Indian journal of veterinary science and animal husbandry - Volume 10,
Year: 1940
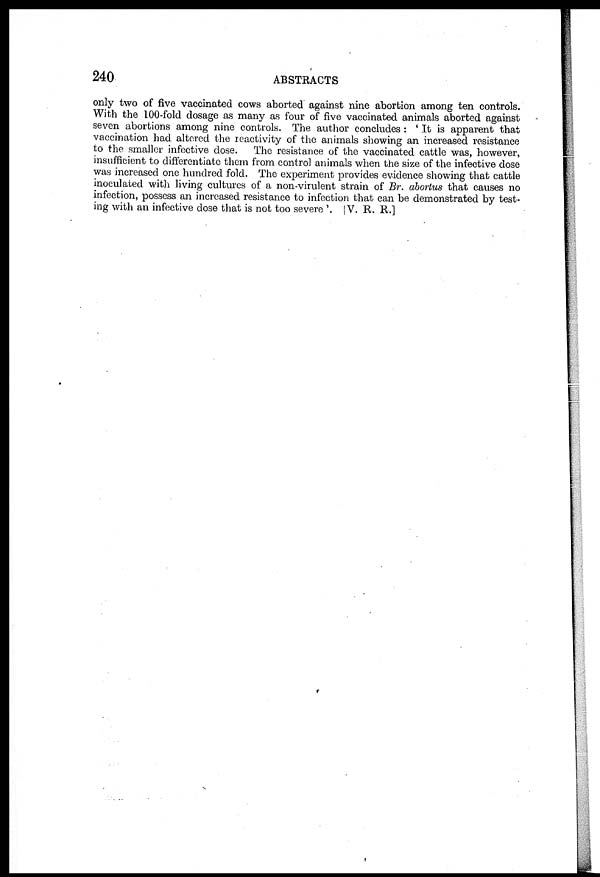
240
ABSTRACTS
only two of five vaccinated cows aborted against nine abortion among ten controls.
With the 100-fold dosage as many as four of five vaccinated animals aborted against
seven abortions among nine controls. The author concludes : ' It is apparent that
vaccination had altered the reactivity of the animals showing an increased resistance
to the smaller infective dose. The resistance of the vaccinated cattle was, however,
insufficient to differentiate them from control animals when the size of the infective dose
was increased one hundred fold. The experiment provides evidence showing that cattle
inoculated with living cultures of a non-virulent strain of Br. abortus that causes no
infection, possess an increased resistance to infection that can be demonstrated by test-
ing with an infective dose that is not too severe '. [ V. R. R.]